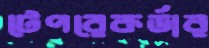
টেপরেকর্ডার